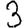
Digit: 3